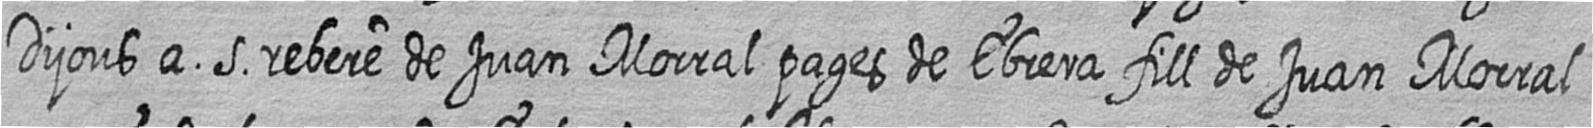
Dijous a 5 rebere de Juan Morral pages de Ebrera fill de Juan Morral